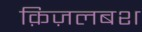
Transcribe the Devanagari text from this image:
क़िज़लबश